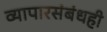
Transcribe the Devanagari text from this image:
व्यापारसंबंधही